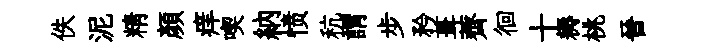
佚泥精顔痒喫納愤秔謂步矜葺薺徊十耨桃晉